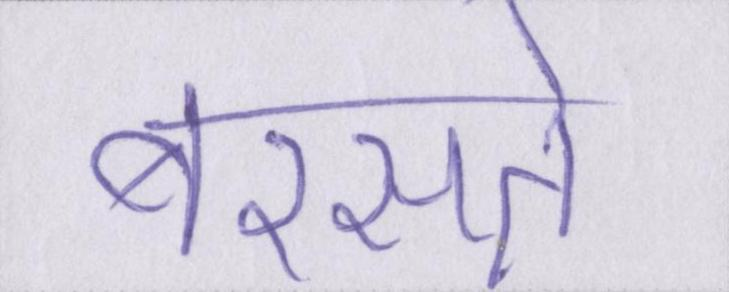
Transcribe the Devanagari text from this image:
बरसते